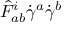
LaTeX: { \hat { F } } _ { a b } ^ { i } { \dot { \gamma } } ^ { a } { \dot { \gamma } } ^ { b }